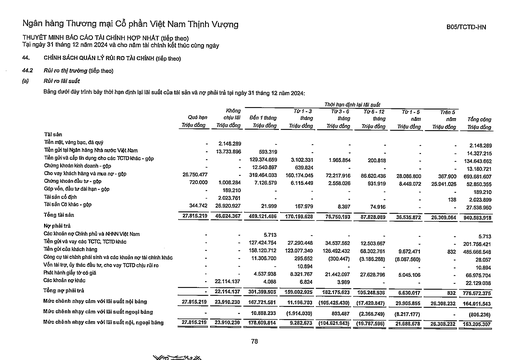
||||||Thời hạn định|lại lãi suất|||| |---|---|---|---|---|---|---|---|---|---| ||Quá hạn Triệu đồng|Không chịu lãi Triệu đồng|Đến 1 tháng Triệu đồng|Từ 1-3 tháng Triệu đồng|Từ 3-6 tháng Triệu đồng|Từ 6-12 tháng Triệu đồng|Từ 1-5 năm Triệu đồng|Trên 5 năm Triệu đồng|Tổng cộng Triệu đồng| |Tài sản|||||||||| |Tiền mặt, vàng bạc, đá quý|-|2.148.289|-|-|-|-|-|-|2.148.289| |Tiền gửi tại Ngân hàng Nhà nước Việt Nam|-|13.733.896|593.319|-|-|-|-|-|14.327.215| |Tiền gửi và cho vay tín dụng cho các TCTD khác - gộp|-|-|129.374.659|3.102.331|1.965.854|200.818|-|-|134.643.662| |Chứng khoán kinh doanh - gộp|-|-|12.540.897|639.824|-|-|-|-|13.180.721| |Cho vay khách hàng và mua nợ gộp|26.750.477|-|319.464.033|160.174.045|72.217.916|86.620.436|28.086.800|367.900|693.681.607| |Chứng khoán đầu tư gộp|720.000|1.008.284|7.126.579|6.115.449|2.558.026|931.919|8.449.072|25.941.026|52.850.355| |Góp vốn, đầu tư dài hạn - gộp|-|189.210|-|-|-|-|-|-|189.210| |Tài sản cố định||2.023.761|-|-|-|-|-|138|2.023.899| |Tài sản có khác - gộp|344.742|26.920.927|21.999|167.979|8.397|74.916|-|-|27.538.960| |Tổng tài sản|27.815.219|46.024.367|469.121.486|170.199.628|76.750.193|87.828.089|36.535.872|26.309.064|940.583.918| |Nợ phải trả|||||||||| |Các khoản nợ Chính phủ và NHNN Việt Nam|-|-|5.713|-|-|-|-|-|5.713| |Tiền gửi và vay các TCTC, TCTD khác|-|-|127.424.754|27.290.448|34.537.552|12.503.667|-|-|201.756.421| |Tiền gửi của khách hàng|-|-|158.120.712|123.077.340|126.492.432|68.302.761|9.672.471|832|485.666.548| |Công cụ tài chính phái sinh và các khoản nợ tài chính khác|-|-|11.306.700|295.652|(300.447)|(3.186.288)|(8.087.560)|-|28.057| |Vốn tài trợ, ủy thác đầu tư, cho vay TCTD chịu rủi ro|-|-|-|10.894|-|M|-|-|10.894| |Phát hành giấy tờ có giá|-|-|4.537.938|8.321.767|21.442.097|27.628.796|5.045.106|-|66.975.704| |Các khoản nợ khác|-|22.114.137|4.088|6.824|3.989|-|-|-|22.129.038| |Tổng nợ phải trả|-|22.114.137|301.399.905|159.002.925|182.175.623|105.248.936|6.630.017|832|776.572.375| |Mức chênh nhạy cảm với lãi suất nội bảng|27.815.219|23.910.230|167.721.581|11.196.703|(105.425.430)|(17.420.847)|29.905.855|26.308.232|164.011.543| |Mức chênh nhạy cảm với lãi suất ngoại bảng|-|-|10.888.233|(1.914.030)|803.487|(2.366.749)|(8.217.177)|-|(806.236)| |Mức chênh nhạy cảm với lãi suất nội, ngoại bảng|27.815.219|23.910.230|178.609.814|9.282.673|(104.621.943)|(19.787.596)|21.688.678|26.308.232|163.205.307|